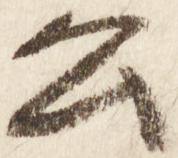
公